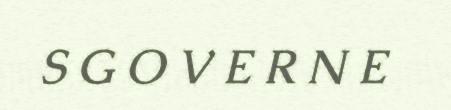
S G O V E R N E